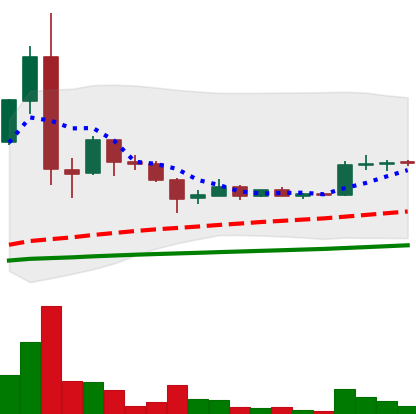
Ticker: LTC-USD
Chart end date: 2015-07-27
Forward return: -11.092%
Label: down_7plus